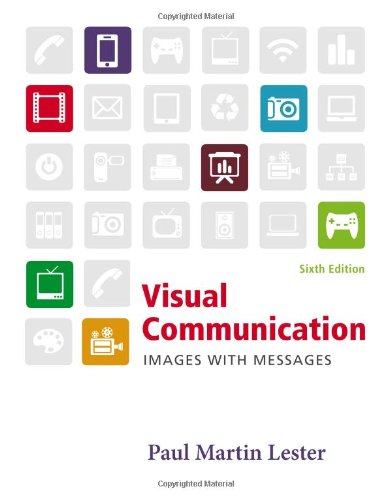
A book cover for Visual Communication: Images with Messages; Paul Martin Lester; Business & Money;